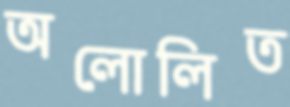
অলোলিত